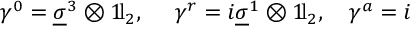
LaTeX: \gamma ^ { 0 } = \underline { { { \sigma } } } ^ { 3 } \otimes 1 \! \mathrm { l } _ { 2 } , \ \ \ \ \gamma ^ { r } = i \underline { { { \sigma } } } ^ { 1 } \otimes 1 \! \mathrm { l } _ { 2 } , \ \ \ \gamma ^ { a } = i